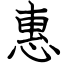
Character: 惠